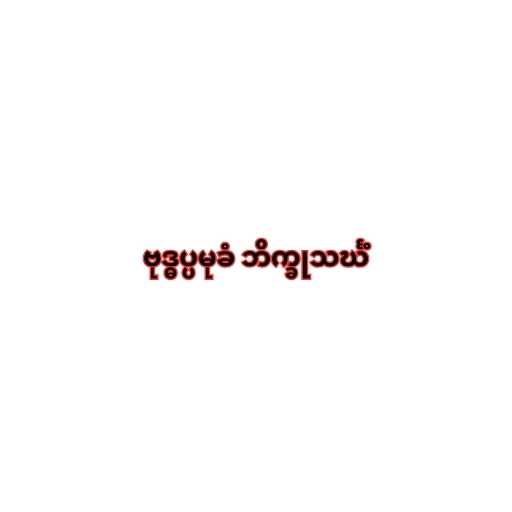
ဗုဒ္ဓပ္ပမုခံ ဘိက္ခုသင်္ဃံ